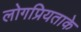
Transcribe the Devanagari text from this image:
लोगप्रियताके